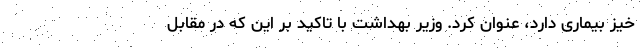
خیز بیماری دارد، عنوان کرد. وزیر بهداشت با تاکید بر این که در مقابل